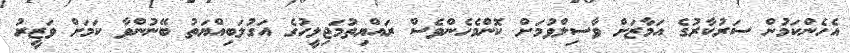
އެހެންކަމުން ސަރުކާރުގެ އަމާޒަށް ވާސިލްވުމަށް ކޮންމެހެންވެސް ރައްޔިތުމަޖިލީހުގެ އަގުލަބިއްޔަތު ބޭނުންވާ ކަމަށް ވަޒީރު